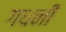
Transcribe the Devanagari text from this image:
गधनी